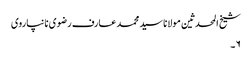
شیخ المحدثین مولانا سید محمد عارف رضوی نانپاروی
۶۔